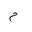
Letter: _mim